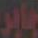
جابر